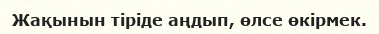
Жақынын тіріде аңдып, өлсе өкірмек.